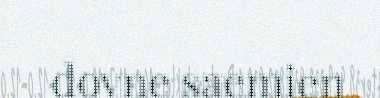
dovne saemien